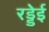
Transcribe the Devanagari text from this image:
रड्डेई